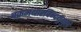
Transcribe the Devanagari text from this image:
चक्रमथारविन्दयुगुलं